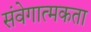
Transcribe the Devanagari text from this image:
संवेगात्मकता